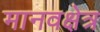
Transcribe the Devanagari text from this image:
मानवक्षेत्र